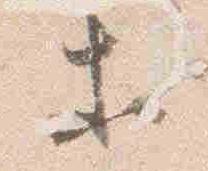
等